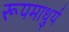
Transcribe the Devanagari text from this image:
रूपमाधुर्य